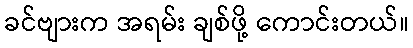
ခင်ဗျားက အရမ်း ချစ်ဖို့ ကောင်းတယ်။